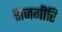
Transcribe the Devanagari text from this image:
राजगीरि